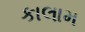
કાલામ